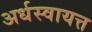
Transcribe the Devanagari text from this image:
अर्धस्वायत्त